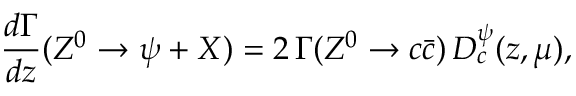
\frac { d \Gamma } { d z } ( Z ^ { 0 } \to \psi + X ) = 2 \, \Gamma ( Z ^ { 0 } \to c \bar { c } ) \, D _ { c } ^ { \psi } ( z , \mu ) ,